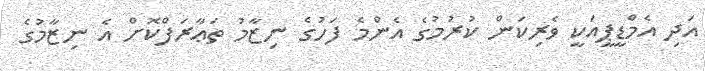
އަދި އެމްޑީޕީއަކީ ވެރިކަން ކުރުމުގެ އެންމެ ފަހުގެ ނިޒާމު ތަޢާރަފްކޮށް އެ ނިޒާމުގެ